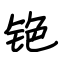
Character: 铯